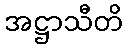
အဋ္ဌာသီတိ